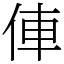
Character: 俥